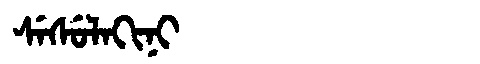
Manchu: ᠰᡝᠰᡠᠯᠠᡴᡳᠨᡳ
Romanization: SESULAKINI